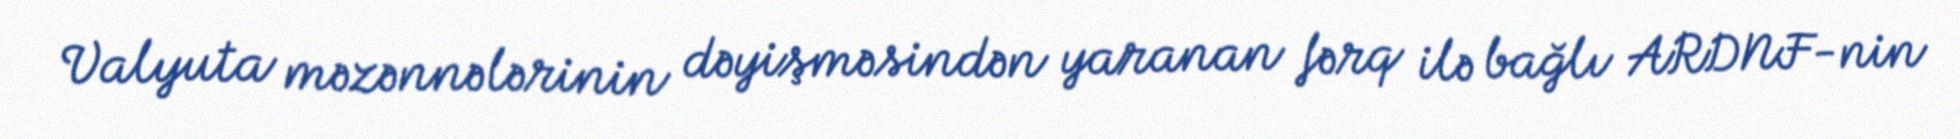
Valyuta məzənnələrinin dəyişməsindən yaranan fərq ilə bağlı ARDNF-nin